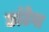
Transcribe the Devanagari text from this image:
छांटेगा